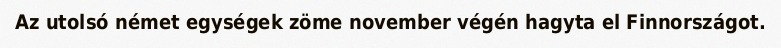
Az utolsó német egységek zöme november végén hagyta el Finnországot.